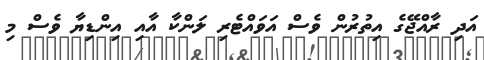
އަދި ރާއްޖޭގެ އިތުރުން ވެސް އަވައްޓެރި ލަންކާ އާއި އިންޑިޔާ ވެސް މި